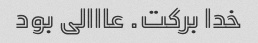
خدا برکت. عااالی بود